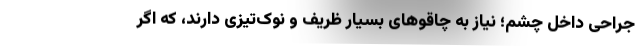
جراحی داخل چشم؛ نیاز به چاقوهای بسیار ظریف و نوک‌تیزی دارند، که اگر